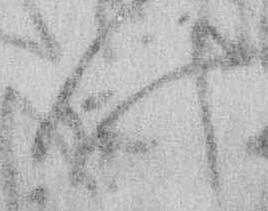
叶